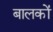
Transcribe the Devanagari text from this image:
बालकोंं